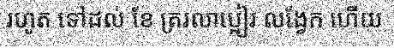
រហូត ទៅដល់ ខែ ត្ររលាប្អៀរ លង្វែក ហើយ